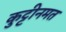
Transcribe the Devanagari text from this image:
कुट्टीनमत